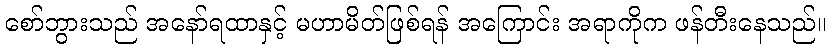
စော်ဘွားသည် အနော်ရထာနှင့် မဟာမိတ်ဖြစ်ရန် အကြောင်း အရာကိုက ဖန်တီးနေသည်။